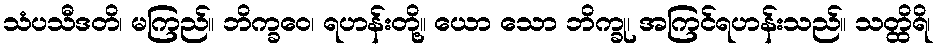
သံပသီဒတိ၊ မကြည်။ ဘိက္ခဝေ၊ ရဟန်းတို့။ ယော သော ဘိက္ခု၊ အကြင်ရဟန်းသည်။ သတ္ထိရိ၊